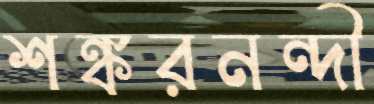
শঙ্করনন্দী